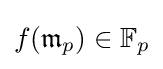
f({\mathfrak {m}}_{p})\in \mathbb {F} _{p}